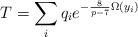
\begin{align*}T = \sum_i q_i e^{-\frac{8}{p-7}\Omega(y_i)}\end{align*}